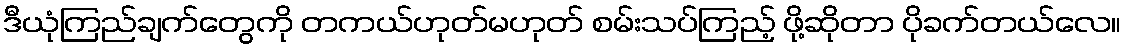
ဒီယုံကြည်ချက်တွေကို တကယ်ဟုတ်မဟုတ် စမ်းသပ်ကြည့် ဖို့ဆိုတာ ပိုခက်တယ်လေ။